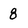
Character: 8